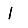
Digit: 1